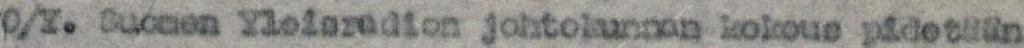
O/Y. Suomen Yleisradion johtokunnan kokous pidetään